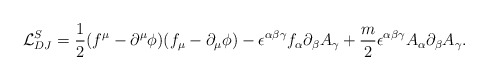
\begin{align*}{\cal {L}}_{DJ}^S=\frac{1}{2}(f^\mu -\partial^{\mu}\phi ) (f_\mu-\partial_{\mu }\phi )-\epsilon ^{\alpha\beta\gamma}f_\alpha\partial _\beta A_\gamma +\frac{m}{2}\epsilon^{\alpha\beta\gamma}A_{\alpha}\partial_{\beta}A_{\gamma}.\end{align*}